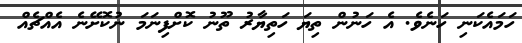
ހަމައެކަނި ހަނެވެ. އެ ހަނުން ތިޔަ ހަތިޔާރު ތޫނު ކޮށްފިނަމަ ނުކޮށޭނެ އެއްޗެއް